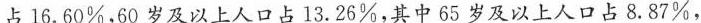
占16.60%，60岁及以上人口占13.26%，其中65岁及以上人口占8.87%，